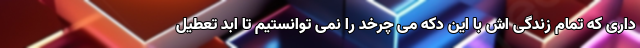
داری که تمام زندگی اش با این دکه می چرخد را نمی توانستیم تا ابد تعطیل